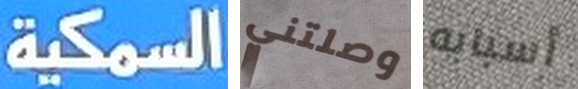
السمكية وصلتني أسبابه